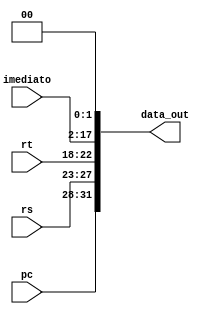
module shift2_26_to_28_pc (
    input wire [4:0] rs,
    input wire [4:0] rt,
    input wire [15:0] imediato,
    input wire [31:28] pc,
    output wire [31:0] data_out
);
    reg [27:0] data_aux;
    reg [9:0] aux;
    reg [25:0] aux2;

    assign aux = {rs, rt};
    assign aux2 = {aux, imediato};

    assign data_aux = {aux2, 2'b0};
    assign data_out = {pc, data_aux};
    
endmodule